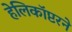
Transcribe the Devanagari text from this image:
हेलिकॉप्टरने